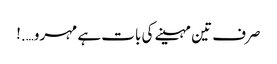
صرف تین مہینے کی بات ہے مہرو….!